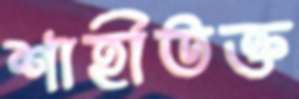
শাহীতক্ত